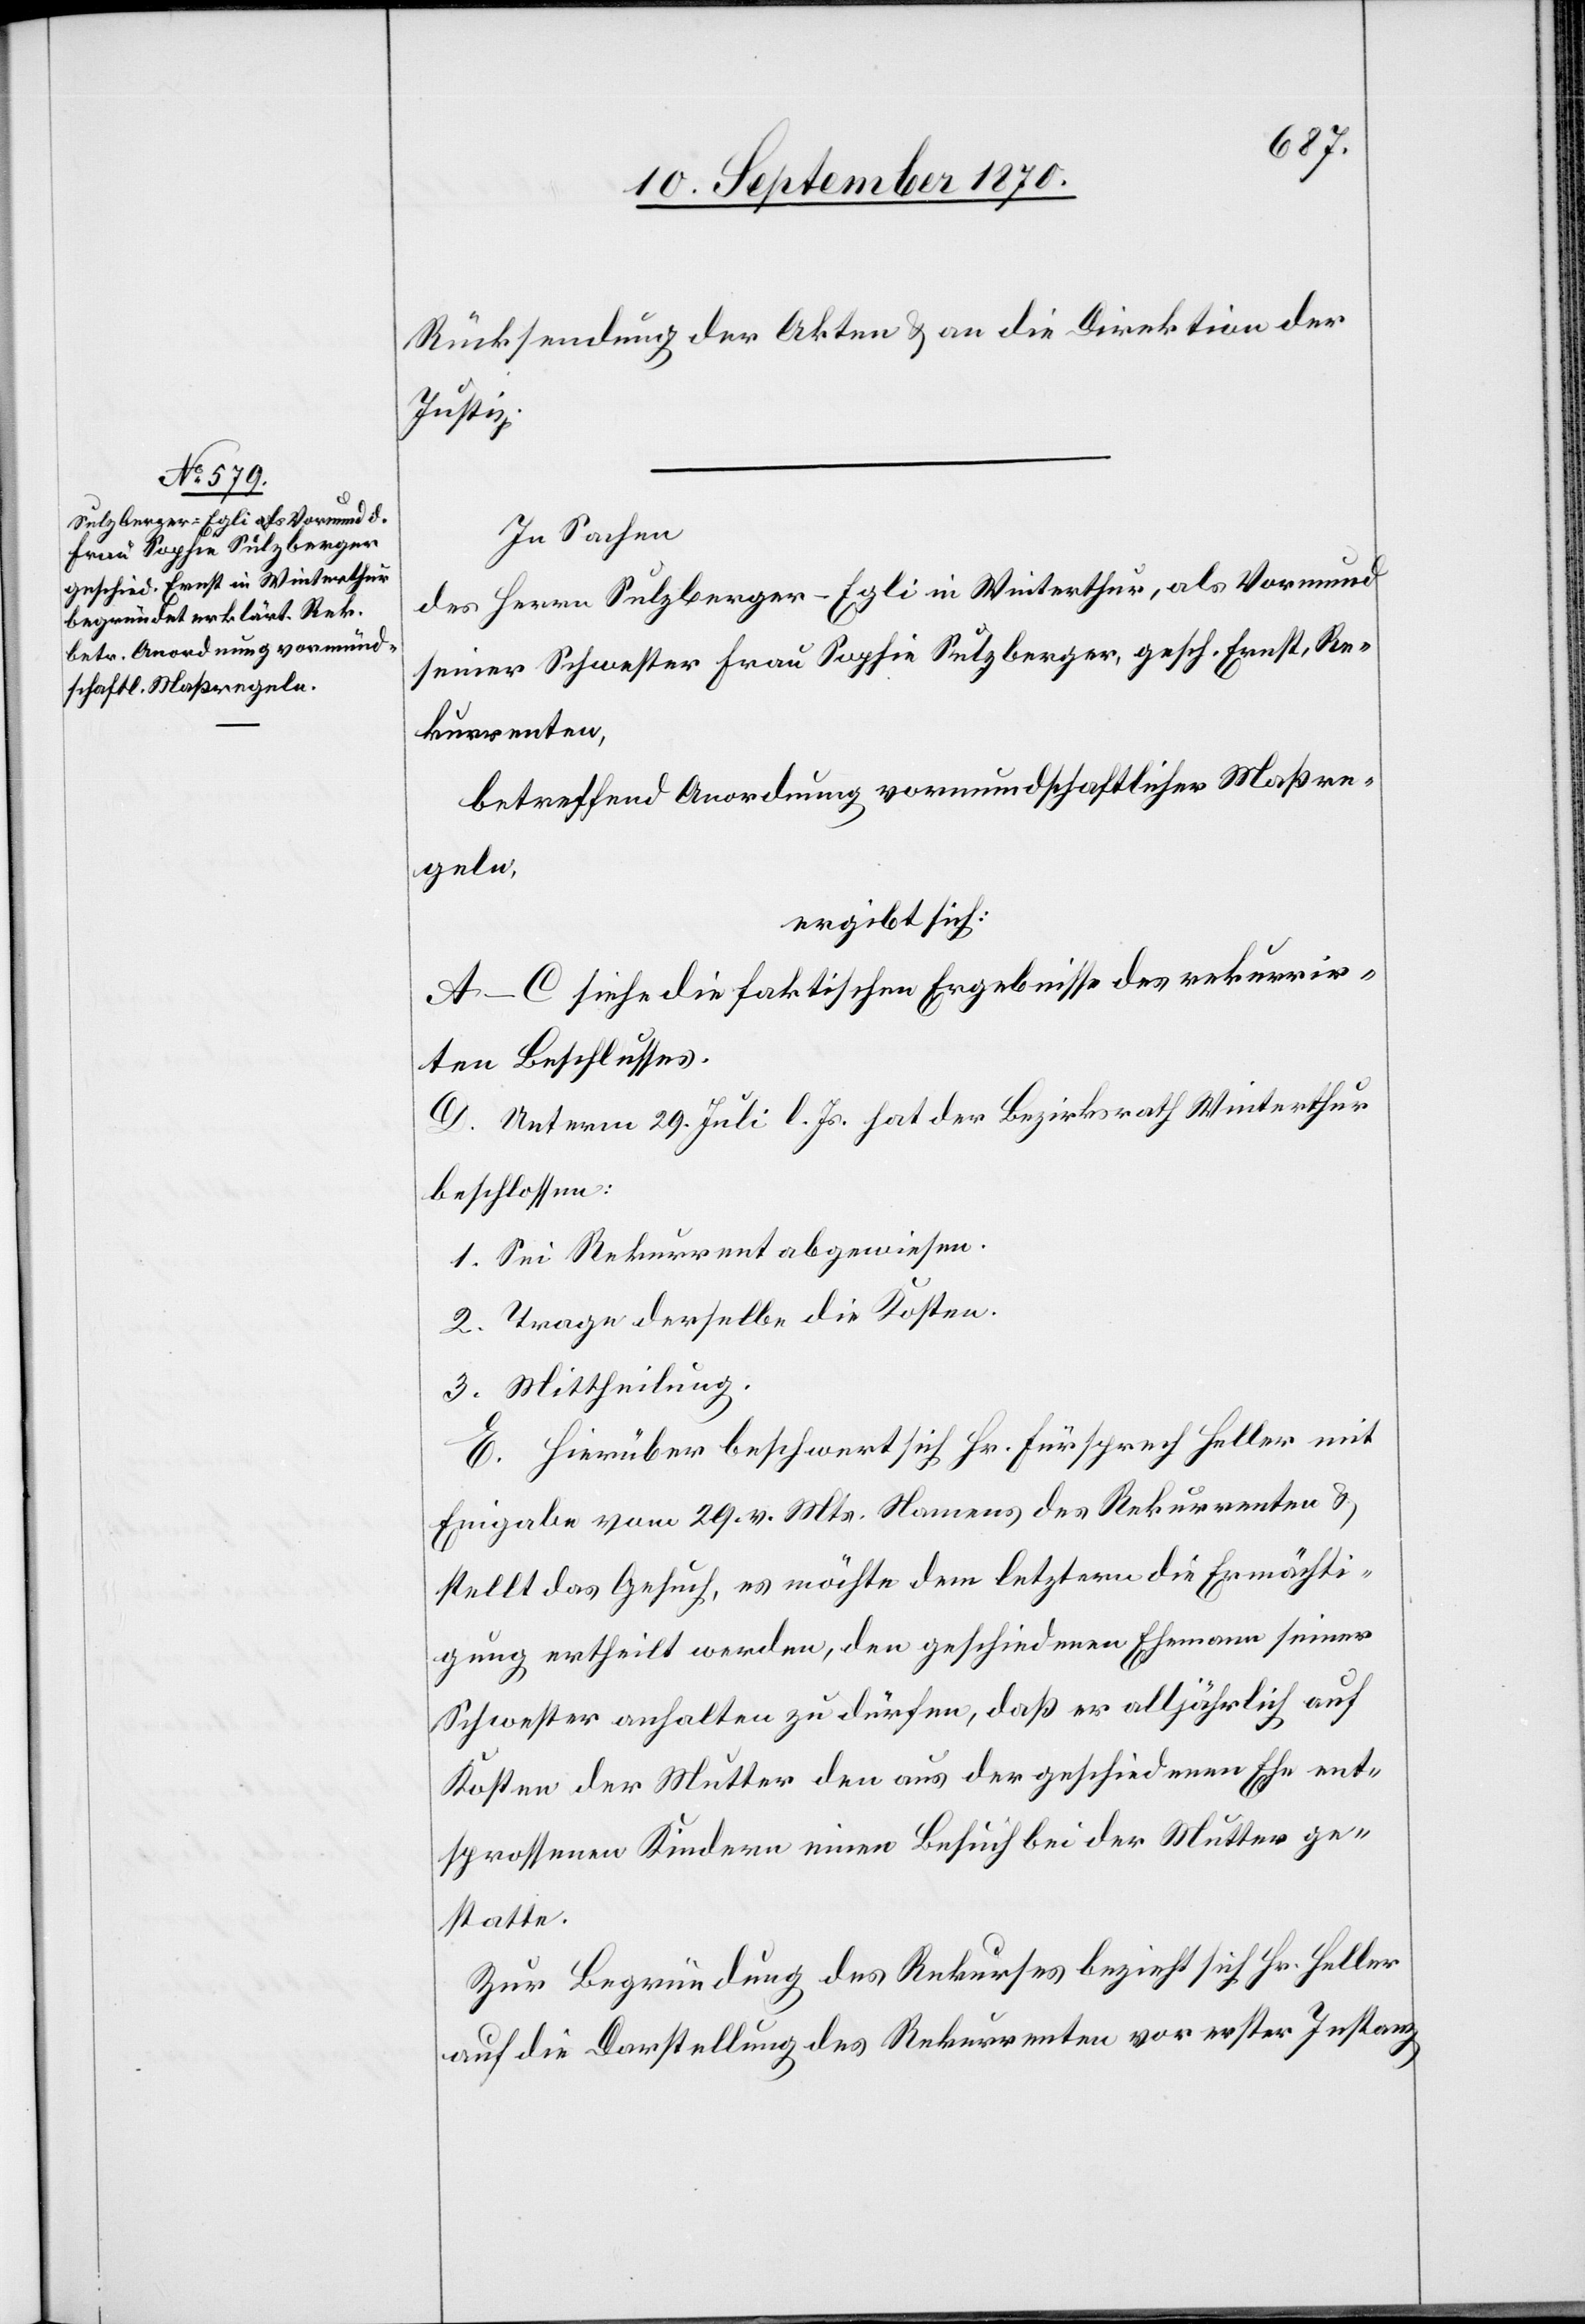
Rücksendung der Akten & an die Direktion der
Justiz.
In Sachen
des Herrn Sulzberger-Egli in Winterthur, als Vormund
seiner Schwester Frau Sophie Sulzberger, gesch. Ernst, Re¬
kurrenten,
betreffend Anordnung vormundschaftlicher Maßre¬
geln,
ergibt sich:
A–C siehe die faktischen Ergebnisse des rekurrir¬
ten Beschlusses.
D. Unterm 29. Juli l. Js. hat der Bezirksrath Winterthur
beschlossen:
1. Sei Rekurrent abgewiesen.
2. Trage derselbe die Kosten.
3. Mittheilung.
E. Hierüber beschwert sich Hr. Fürsprech Heller mit
Eingabe vom 29. v. Mts. Namens des Rekurrenten &
stellt das Gesuch, es möchte dem letztern die Ermächti¬
gung ertheilt werden, den geschiedenen Ehemann seiner
Schwester anhalten zu dürfen, daß er alljährlich auf
Kosten der Mutter den aus der geschiedenen Ehe ent¬
sprossenen Kindern einen Besuch bei der Mutter ge¬
statte.
Zur Begründung des Rekurses bezieht sich Hr. Heller
auf die Darstellung des Rekurrenten vor erster Instanz